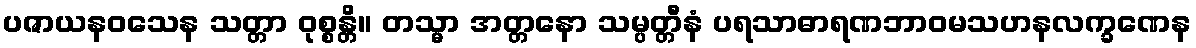
ပဇာယနဝသေန သတ္တာ ဝုစ္စန္တိ။ တသ္မာ အတ္တနော သမ္ပတ္တီနံ ပရသာဓာရဏဘာဝမသဟနလက္ခဏေန